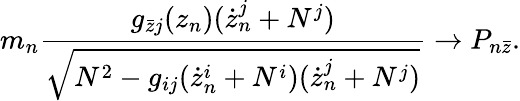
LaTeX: m_{n}\frac{g_{\bar{z}j}(z_{n})(\dot{z}_{n}^{j}+N^{j})}{\sqrt{N^{2}-g_{ij}(\dot{z}_{n}^{i}+N^{i})(\dot{z}_{n}^{j}+N^{j})}}\rightarrow P_{n\bar{z}}.